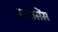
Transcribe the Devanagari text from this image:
सारासेंस